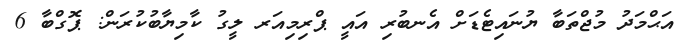
އަޙްމަދު މުޖްތަބާ ޔުނައިޓެޑަށް އެނބުރި އައީ ޕްރިމިއަރ ލީގު ކާމިޔާބުކުރަން: ޕޮގްބާ 6